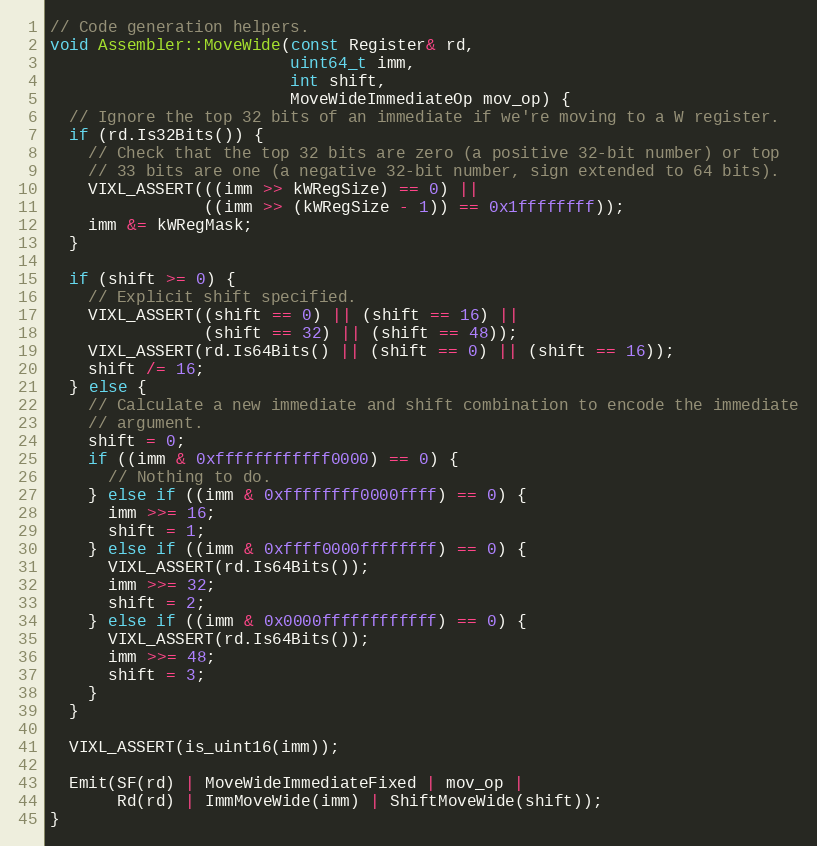
Language: C++
// Code generation helpers.
void Assembler::MoveWide(const Register& rd,
                         uint64_t imm,
                         int shift,
                         MoveWideImmediateOp mov_op) {
  // Ignore the top 32 bits of an immediate if we're moving to a W register.
  if (rd.Is32Bits()) {
    // Check that the top 32 bits are zero (a positive 32-bit number) or top
    // 33 bits are one (a negative 32-bit number, sign extended to 64 bits).
    VIXL_ASSERT(((imm >> kWRegSize) == 0) ||
                ((imm >> (kWRegSize - 1)) == 0x1ffffffff));
    imm &= kWRegMask;
  }

  if (shift >= 0) {
    // Explicit shift specified.
    VIXL_ASSERT((shift == 0) || (shift == 16) ||
                (shift == 32) || (shift == 48));
    VIXL_ASSERT(rd.Is64Bits() || (shift == 0) || (shift == 16));
    shift /= 16;
  } else {
    // Calculate a new immediate and shift combination to encode the immediate
    // argument.
    shift = 0;
    if ((imm & 0xffffffffffff0000) == 0) {
      // Nothing to do.
    } else if ((imm & 0xffffffff0000ffff) == 0) {
      imm >>= 16;
      shift = 1;
    } else if ((imm & 0xffff0000ffffffff) == 0) {
      VIXL_ASSERT(rd.Is64Bits());
      imm >>= 32;
      shift = 2;
    } else if ((imm & 0x0000ffffffffffff) == 0) {
      VIXL_ASSERT(rd.Is64Bits());
      imm >>= 48;
      shift = 3;
    }
  }

  VIXL_ASSERT(is_uint16(imm));

  Emit(SF(rd) | MoveWideImmediateFixed | mov_op |
       Rd(rd) | ImmMoveWide(imm) | ShiftMoveWide(shift));
}